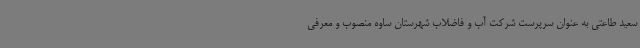
سعید طاعتی به عنوان سرپرست شرکت آب و فاضلاب شهرستان ساوه منصوب و معرفی